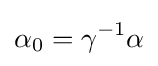
\alpha _{0}=\gamma ^{-1}\alpha